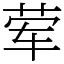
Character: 荤